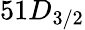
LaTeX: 51D_{3/2}